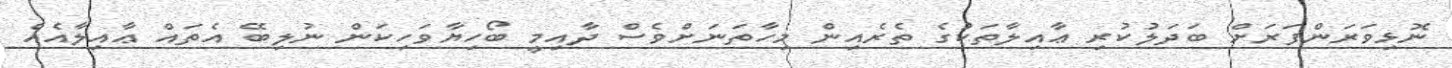
ނޮޅިވަރަންފަރަށް ބަދަލުކުރި ޢާއިލާތަކުގެ ތެރެއިން މިހާތަނަށްވެސް ދާއިމީ ބޯހިޔާވަހިކަން ނުލިބޭ އެތައް ޢާއިލާއެއް